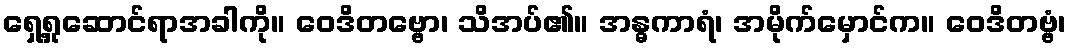
ရှေ့ရှုဆောင်ရာအခါကို။ ဝေဒိတဗ္ဗော၊ သိအပ်၏။ အန္ဓကာရံ၊ အမိုက်မှောင်က။ ဝေဒိတဗ္ဗံ၊